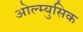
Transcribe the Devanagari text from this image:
ओल्म्युसिक